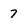
Character: 7